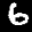
Label: 6